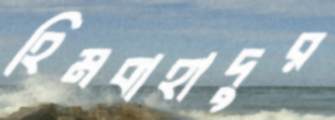
হিমবাহাদুর